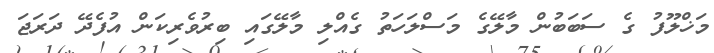
މަޚްލޫފު ގެ ސަބަބުން މާލޭގެ މަސްލަހަތު ގެއްލި މާލޭގައި ބިރުވެރިކަން އުފެދޭ ދަރަޖަ